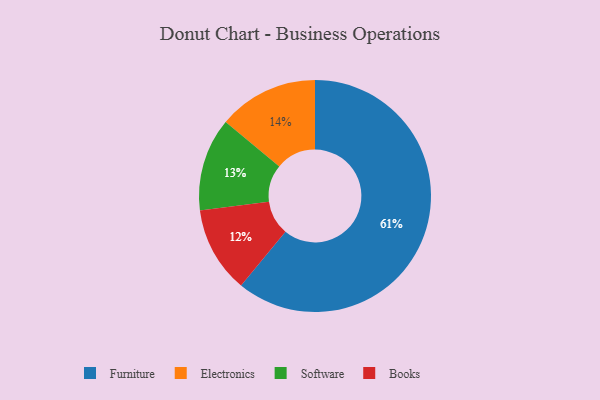
{"axis": {"x": "Category", "y": "Percentage"}, "legend": ["Books", "Electronics", "Furniture", "Software"], "data": [{"x": "Furniture", "y": 61, "type": "Furniture"}, {"x": "Electronics", "y": 14, "type": "Electronics"}, {"x": "Books", "y": 12, "type": "Books"}, {"x": "Software", "y": 13, "type": "Software"}]}